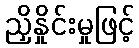
ညှိနှိုင်းမှုဖြင့်